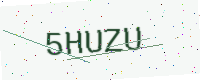
Text: 5HUZU